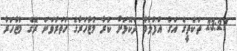
23:27 ތަކެތީގެ އަގު އުފުލުމާ ދެކޮޅަށް ކުރާ މުޒާހަރާގެ ހަތަރުވަނަ ރޭގެ މުޒާހަރާ